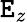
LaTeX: \mathtt{E}_{z}